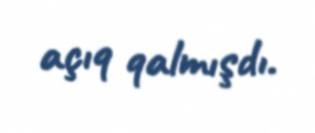
açıq qalmışdı.